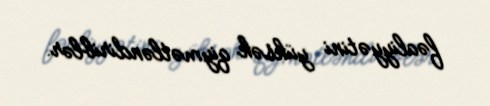
fəaliyyətini yüksək qiymətləndiriblər.